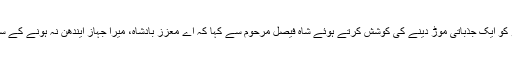
تیل کی پیداوار کو دوبارہ شروع کرنے میں قائل کرنے کی ناکامی کے بعد کسنجر نے گفتگو کو ایک جذباتی موڑ دینے کی کوشش کرتے ہوئے شاه فیصل مرحوم سے کہا کہ اے معزز بادشاہ، میرا جہاز ایندھن نہ ہونے کے سبب آپ کے ہوائی اڈے پر ناکارہ کھڑا ہے، کیا آپ اس میں تیل بھرنے کاحکم نہیں دیں گے ؟